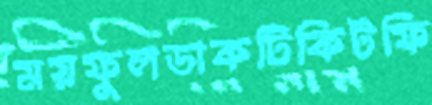
ময়ফুলডাকটিকিটফি